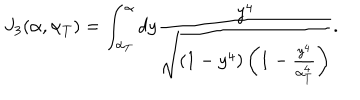
J _ { 3 } ( \alpha , \alpha _ { T } ) = \int _ { \alpha _ { T } } ^ { \alpha } d y \frac { y ^ { 4 } } { \sqrt { ( 1 - y ^ { 4 } ) \left( 1 - \frac { y ^ { 4 } } { \alpha _ { T } ^ { 4 } } \right) } } .